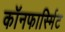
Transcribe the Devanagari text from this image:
कॉनफार्स्मिट